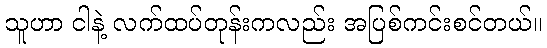
သူဟာ ငါနဲ့ လက်ထပ်တုန်းကလည်း အပြစ်ကင်းစင်တယ်။